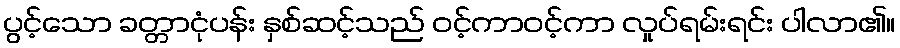
ပွင့်သော ခတ္တာငုံပန်း နှစ်ဆင့်သည် ဝင့်ကာဝင့်ကာ လှုပ်ရမ်းရင်း ပါလာ၏။